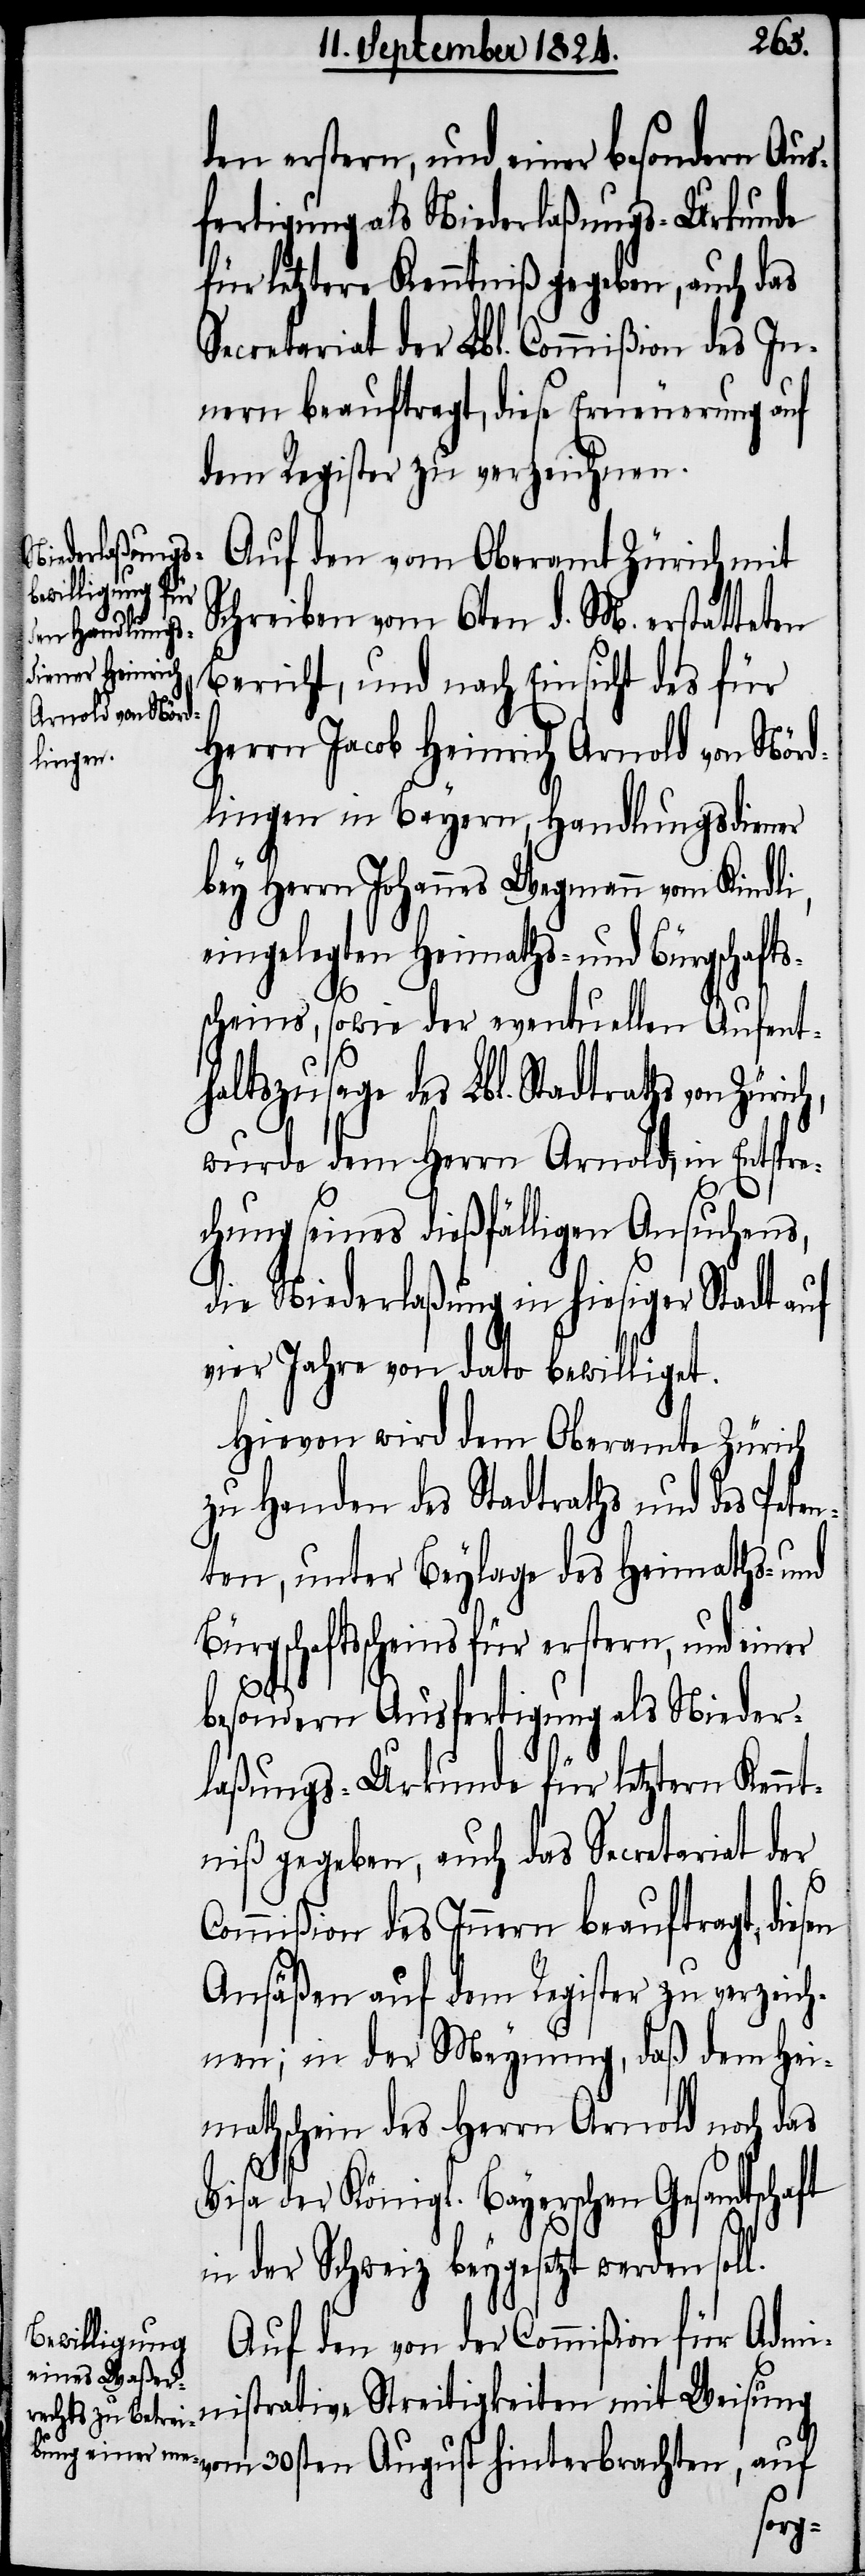
den erstern, und einer besondern Aus¬
fertigung als Niederlaßungs-Urkunde
für letztere Kenntniß gegeben, auch das
Secretariat der Lbl. Commißion des In¬
nern beauftragt, diese Erneuerung auf
dem Register zu verzeichnen.
Auf den vom Oberamt Zürich mit
Schreiben vom 6ten d. M. erstatteten
Bericht, und nach Einsicht des für
Herrn Jacob Heinrich Arnold von Nörd¬
lingen in Bayern, Handlungsdiener
bey Herrn Johannes Wegmann von Kindli,
eingelegten Heimaths- und Bürgschaft¬
scheins, sowie der eventuellen Aufent¬
haltszusage des Lbl. Stadtraths von
wurde dem Herrn Arnold, in Entspre¬
chung seines dießfälligen Ansuchens,
die Niederlaßung in hiesiger Stadt auf
vier Jahre von dato bewilliget.
Hievon wird dem Oberamt Zürich
zu Handen des Stadtraths und des Peten¬
ten, unter Beylage des Heimaths- und
Bürgschaftsscheins für erstern, und einer
besondern Ausfertigung als Nieder¬
laßungs-Urkunde für letztern Kennt¬
niß gegeben, auch das Secretariat der
l.
Commißion des Innern beauftragt, diesen
Ansäßen auf dem Register zu verzeich¬
nen; in der Meynung, daß dem Hei¬
mathschein des Herrn Arnold noch das
Visa der Königl. Bayerschen Gesandtschaft
in der Schweiz beygesetzt werden sol¬
Auf den von der Commißion für Admin¬
istrative Streitigkeiten mit Weisung